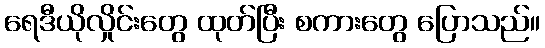
ရေဒီယိုလှိုင်းတွေ ထုတ်ပြီး စကားတွေ ပြောသည်။